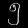
Digit: ၅